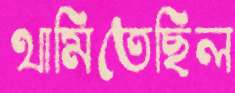
থামিতেছিল